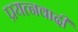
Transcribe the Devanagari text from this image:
प्रयत्नवादी